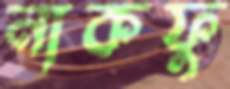
নাকফু